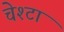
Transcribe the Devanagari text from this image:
चेश्टा